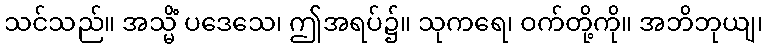
သင်သည်။ အသ္မိံ ပဒေသေ၊ ဤအရပ်၌။ သုကရေ၊ ဝက်တို့ကို။ အဘိဘုယျ၊